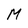
Character: M